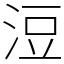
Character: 浢